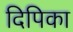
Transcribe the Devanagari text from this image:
दिपिका